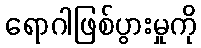
ရောဂါဖြစ်ပွားမှုကို